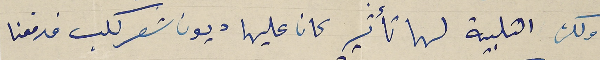
ولكن التلبية لها تأثير كان عليها ديون شعر كلب فدفعنا